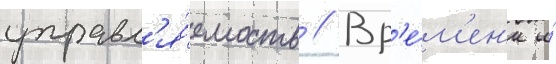
управл'я́емость // Вр'е́м'ен'и и́